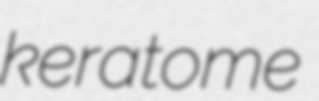
keratome